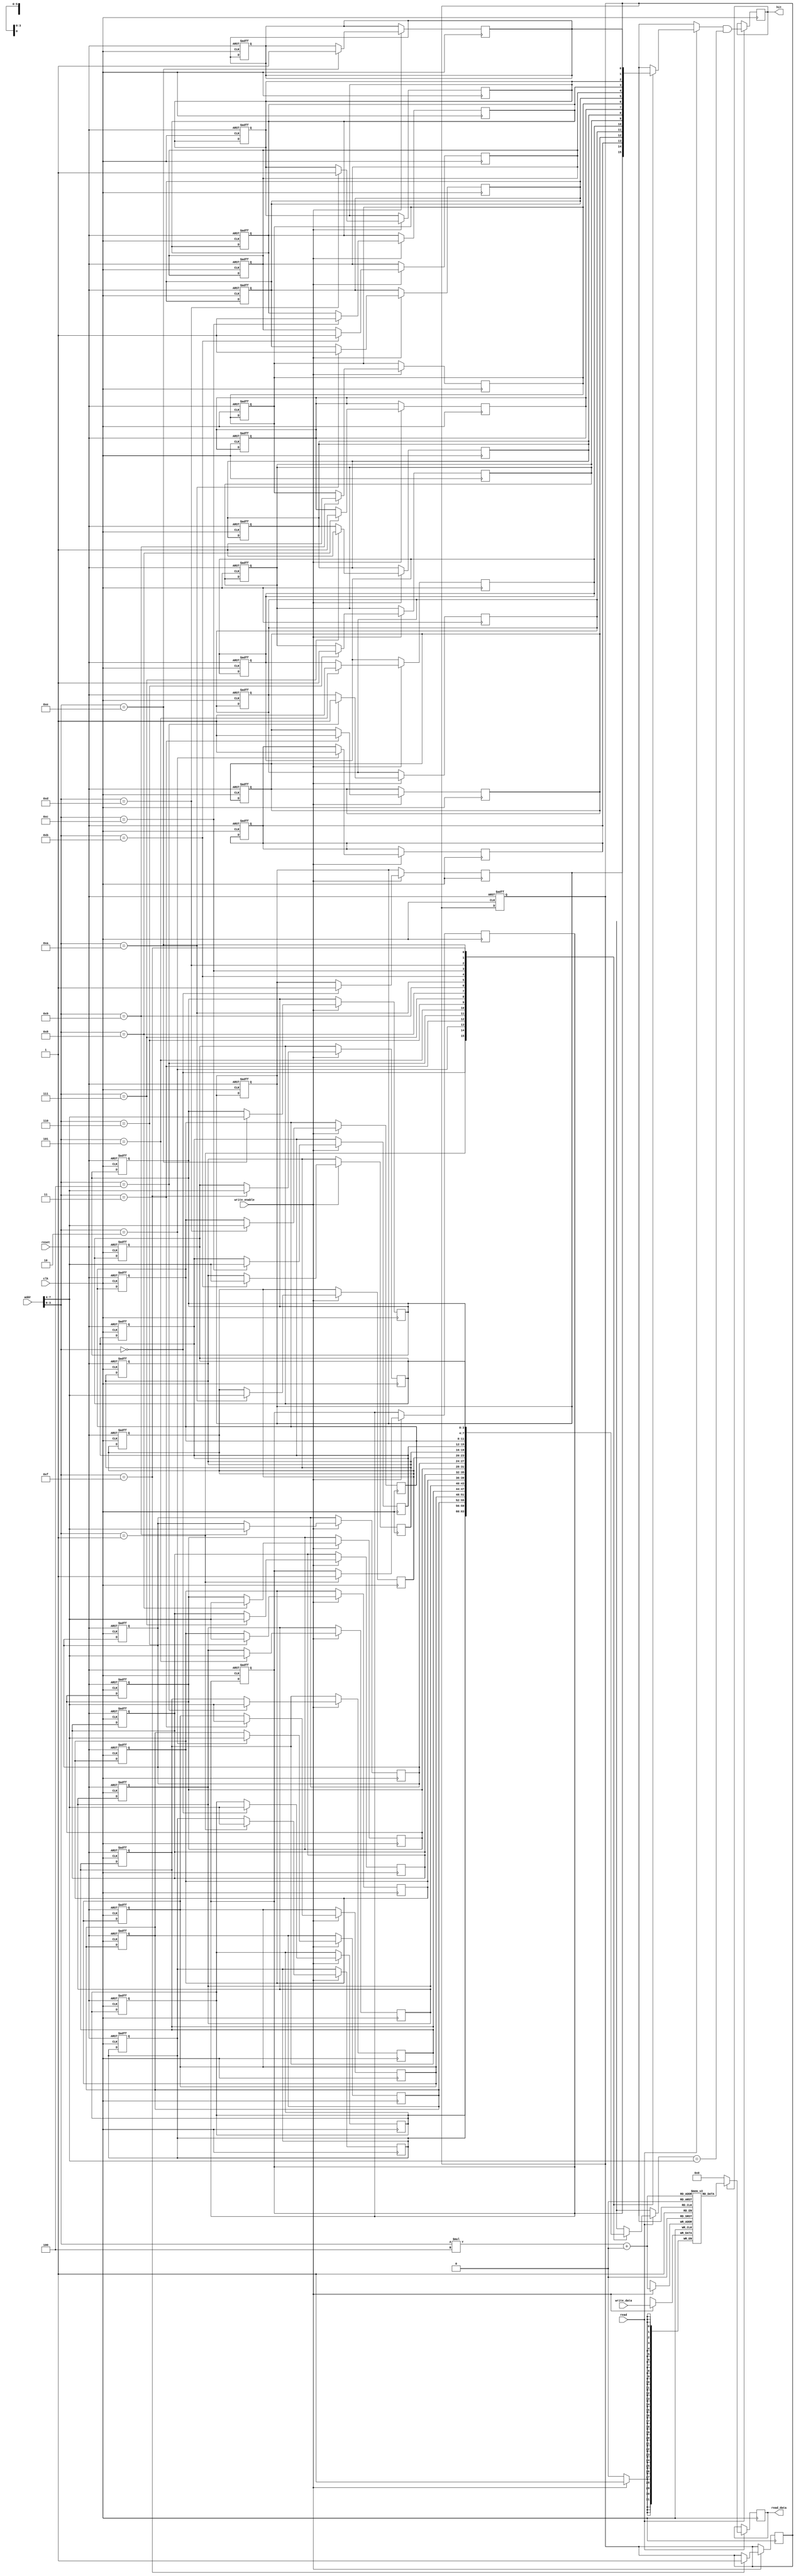
module WriteThroughCache #(
    parameter CACHE_SIZE = 16,   // Number of cache lines
    parameter BLOCK_SIZE = 4,     // Block size in bytes
    parameter ADDR_WIDTH = 8       // Address width (totally 256 bytes of memory)
) (
    input wire clk,
    input wire reset,
    input wire [ADDR_WIDTH-1:0] addr,
    input wire [31:0] write_data,
    input wire read,             // Read request
    input wire write_enable,     // Write request
    output reg [31:0] read_data, // Data output for read
    output reg hit               // Hit status indicator
);

    // Cache structure
    reg [31:0] data_cache [0:CACHE_SIZE-1][0:BLOCK_SIZE-1]; // Data array
    reg [ADDR_WIDTH-BLOCK_SIZE-1:0] tag_cache [0:CACHE_SIZE-1]; // Tag array
    reg valid_cache [0:CACHE_SIZE-1]; // Valid bits

    // Calculate index and tag from address
    wire [ADDR_WIDTH-BLOCK_SIZE-1:0] tag = addr[ADDR_WIDTH-1:BLOCK_SIZE];
    wire [CACHE_SIZE-1:0] index = addr[BLOCK_SIZE-1:0];

    integer i;

    // Initialization and Reset
    always @(posedge clk or posedge reset) begin
        if (reset) begin
            for (i = 0; i < CACHE_SIZE; i = i + 1) begin
                valid_cache[i] <= 1'b0;
                tag_cache[i] <= {ADDR_WIDTH-BLOCK_SIZE{1'b0}};
            end
        end
    end

    // Read/Write Logic
    always @(posedge clk) begin
        if (read) begin
            // Read operation
            hit <= valid_cache[index] && (tag_cache[index] == tag);
            if (hit) begin
                // Cache hit
                read_data <= data_cache[index][0]; // Return the first byte for simplicity
            end else begin
                // Cache miss, fetch from memory here (not implemented)
                // For simulation, we can assume memory is not implemented.
                read_data <= 32'b0; // Indicate miss by returning 0 (or add actual memory fetch)
            end
        end

        if (write_enable) begin
            // Cache write operation
            valid_cache[index] <= 1'b1;
            tag_cache[index] <= tag;
            data_cache[index][0] <= write_data; // Writing to the first byte

            // Simultaneously write to main memory (not implemented in this code)
        end
    end
endmodule